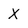
Character: X